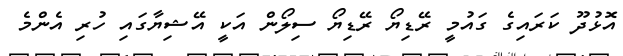
އޮޅުދޫ ކަރައިގެ ގައުމީ ރޭޑިޔޯ ރޭޑިޔޯ ސިލޯން އަކީ އޭޝިޔާގައި ހުރި އެންމެ